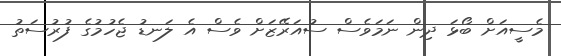
މެސީއަށް ބޯޅަ ދިން ނަމަވެސް ސުއަރޭޒަށް ވެސް އެ ލަނޑު ޖެހުމުގެ ފުރުސަތު